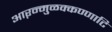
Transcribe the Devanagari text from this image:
आऱन्मुळक्कण्णाटि